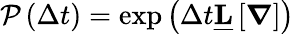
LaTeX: \begin{array}{r}{\mathcal{P}\left(\Delta t\right)=\exp\left(\Delta t\underline{{\mathbf{L}}}\left[\boldsymbol{\nabla}\right]\right)}\end{array}